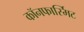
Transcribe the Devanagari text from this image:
कॉनफार्स्मिट